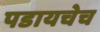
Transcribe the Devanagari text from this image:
पडायचेच